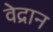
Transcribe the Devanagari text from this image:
वेद्रान